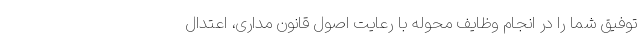
توفیق شما را در انجام وظایف محوله با رعایت اصول قانون مداری، اعتدال